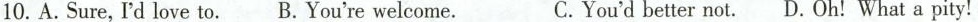
10.A.Sure,I'd love to. B.You're welcome. C.You'd better not. D.Oh! What a pity!